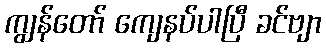
ကျွန်တော် ကျေနပ်ပါပြီ ခင်ဗျာ